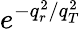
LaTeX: e^{-q_{r}^{2}/q_{T}^{2}}